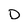
Character: D